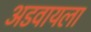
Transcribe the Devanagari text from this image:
अडवायला